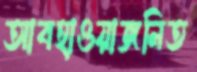
আবহাওয়াজনিত